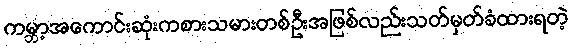
ကမ္ဘာ့အကောင်းဆုံးကစားသမားတစ်ဦးအဖြစ်လည်းသတ်မှတ်ခံထားရတဲ့